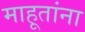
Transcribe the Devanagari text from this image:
माहूतांना